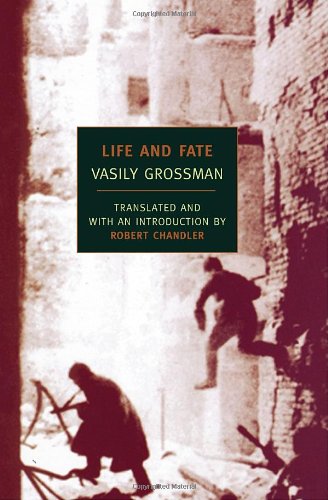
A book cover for Life and Fate (New York Review Books Classics); Vasily Grossman; Literature & Fiction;